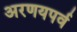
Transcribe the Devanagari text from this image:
अरणयपर्व